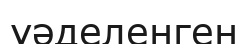
уәделенген